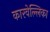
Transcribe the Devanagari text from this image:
कारवेल्लिका